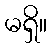
မရှိ။